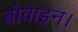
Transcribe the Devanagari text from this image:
बोवाइन।